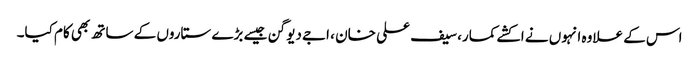
اس کے علاوہ انہوں نے اکشے کمار، سیف علی خان ، اجے دیوگن جیسے بڑے ستاروں کے ساتھ بھی کام کیا۔